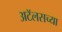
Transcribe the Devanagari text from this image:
अटॅलसच्या